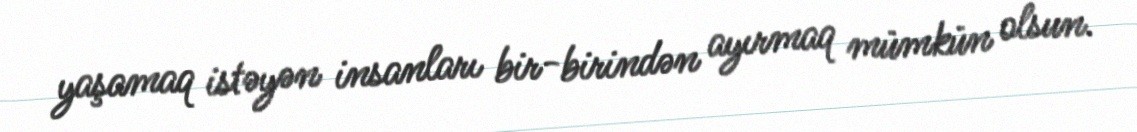
yaşamaq istəyən insanları bir-birindən ayırmaq mümkün olsun.